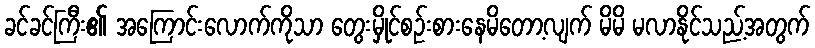
ခင်ခင်ကြီး၏ အကြောင်းလောက်ကိုသာ တွေးမှိုင်စဉ်းစားနေမိတော့လျက် မိမိ မလာနိုင်သည့်အတွက်